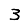
Digit: 3